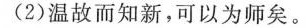
(2)温故而知新，可以为师矣。